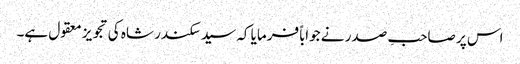
اس پر صاحبِ صدر نے جواباً فرمایا کہ سید سکندر شاہ کی تجویز معقول ہے۔